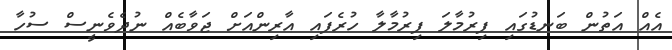
އެއް އަތުން ބަނޑުގައި ފިރުމާލަ ފިރުމާލާ ހުރެފައި އާރިންއަށް ޖަވާބެއް ނުދެވެނީސް ސުހާ